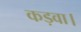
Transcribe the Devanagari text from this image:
कड़वा।